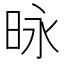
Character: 昹